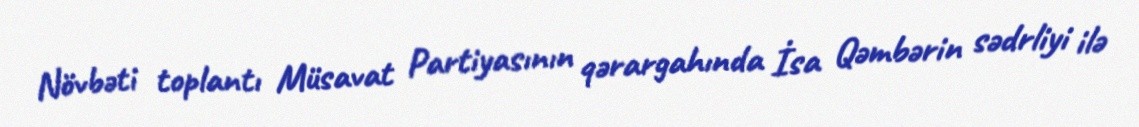
Növbəti toplantı Müsavat Partiyasının qərargahında İsa Qəmbərin sədrliyi ilə